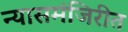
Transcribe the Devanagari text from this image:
न्यासमंजिरीत